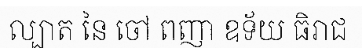
ល្បាត នៃ ចៅ ពញា ឧទ័យ ធិរាជ